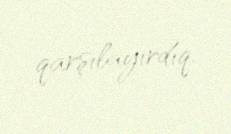
qarşılayırdıq.